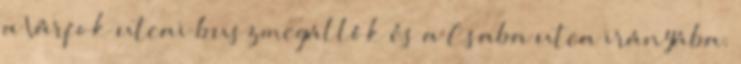
a Várfok utcai buszmegállók és a Csaba utca irányába.